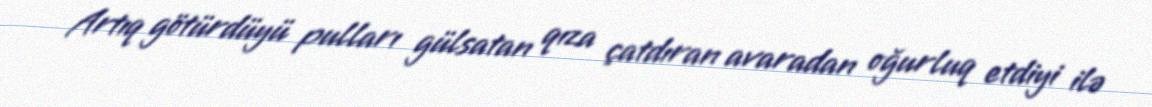
Artıq götürdüyü pulları gülsatan qıza çatdıran avaradan oğurluq etdiyi ilə